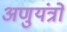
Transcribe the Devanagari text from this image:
अणुयंत्रों